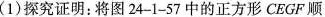
(1)探究证明：将图24-1-57中的正方形CEGF顺